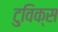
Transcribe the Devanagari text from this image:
टुविक्स